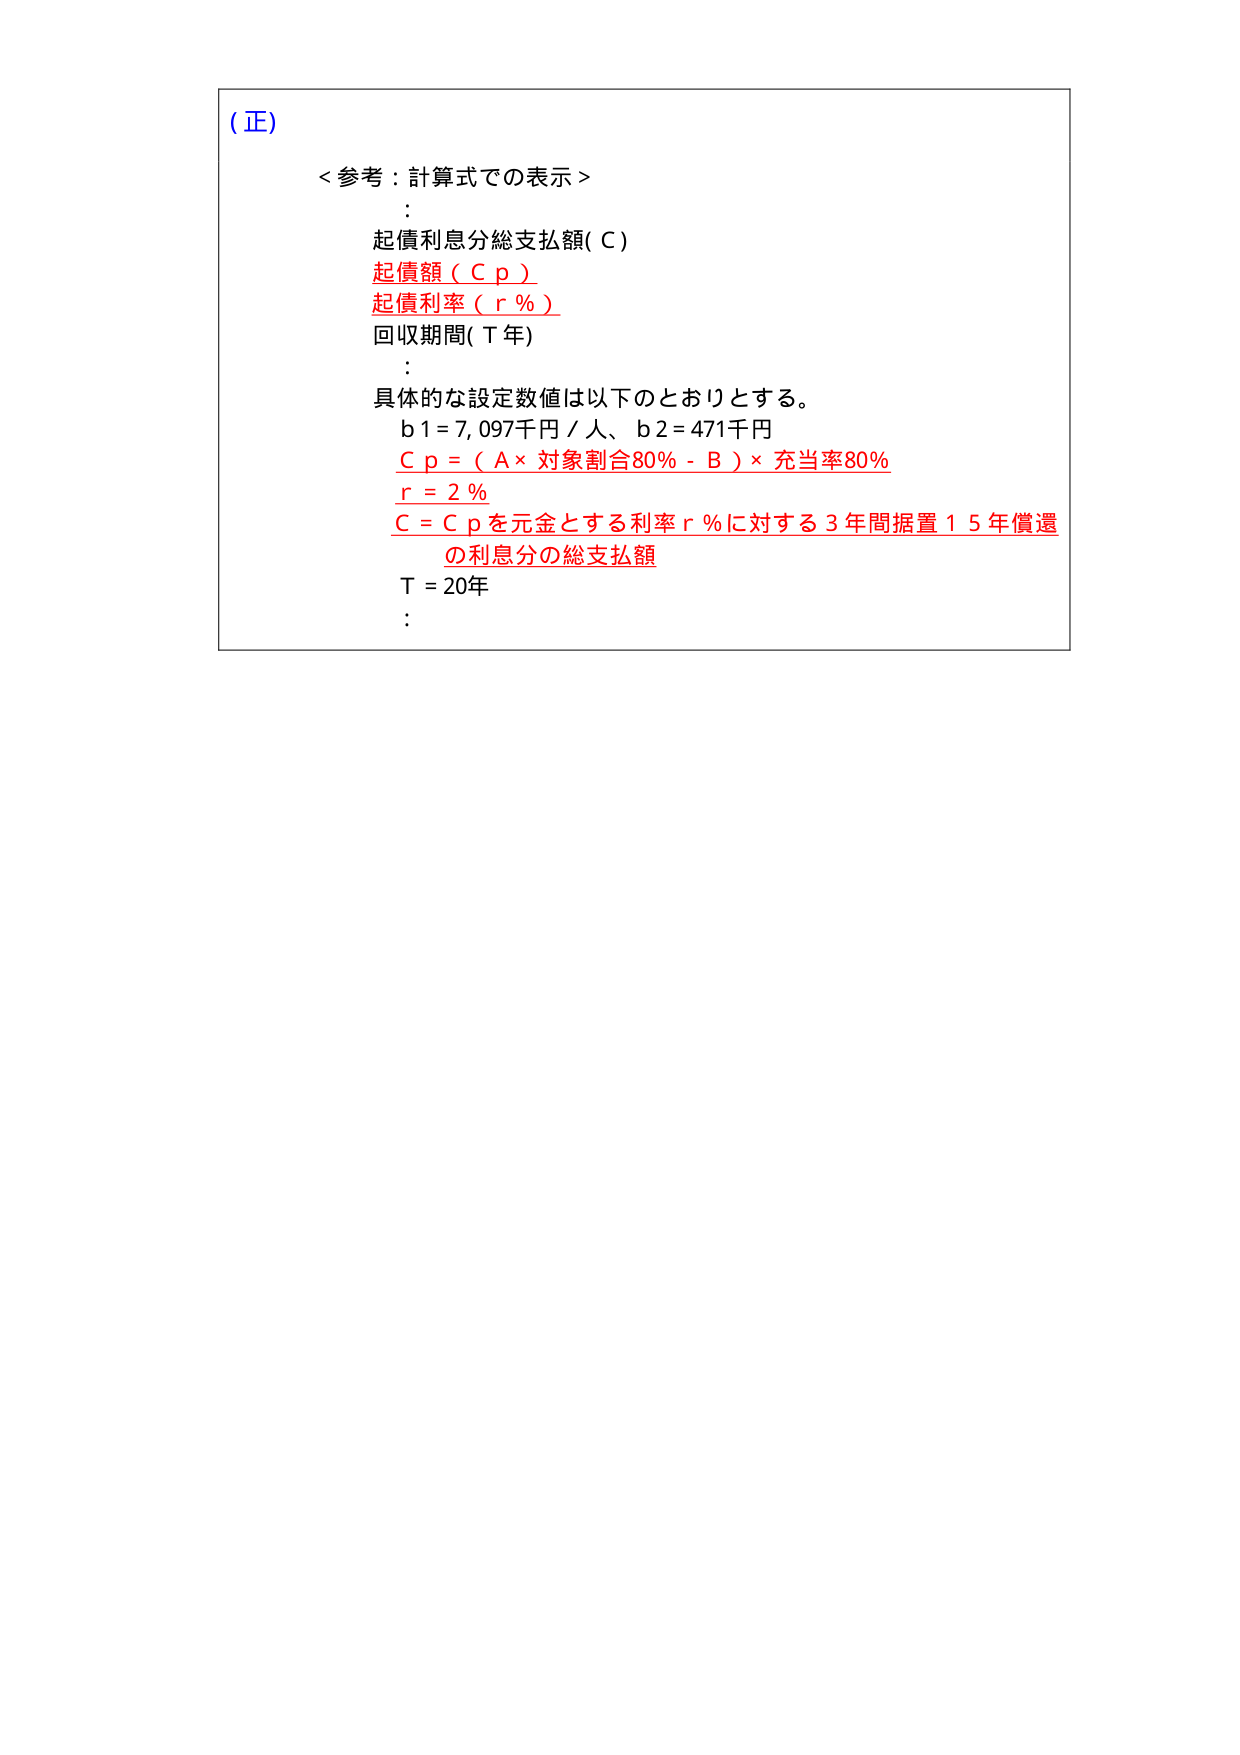
(正)

<参考：計算式での表示>
:
起債利息分総支払額( C )
起債額（Ｃｐ）
起債利率（ｒ％）
回収期間( Ｔ年)
:
具体的な設定数値は以下のとおりとする。
ｂ1 = 7,097千円／人、ｂ2 = 471千円
Ｃｐ＝（Ａ×対象割合80％－Ｂ）×充当率80％
ｒ＝2％
Ｃ＝Ｃｐを元金とする利率ｒ％に対する３年間据置１５年償還
の利息分の総支払額
Ｔ＝20年
: